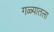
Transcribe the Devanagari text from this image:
गळ्यातला